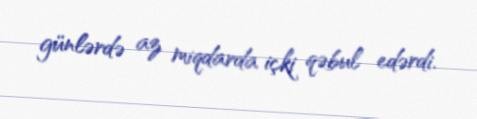
günlərdə az miqdarda içki qəbul edərdi.